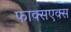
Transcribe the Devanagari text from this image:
फाक्सएक्स